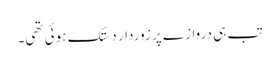
تب ہی دروازے پر زوردار دستک ہوئی تھی۔